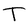
Character: T